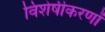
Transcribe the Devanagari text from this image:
विशेषीकरणों